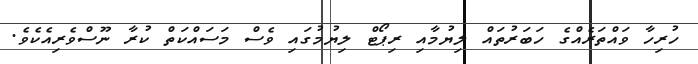
ހުރިހާ ވައްތަރެއްގެ ހަބަރުތައް ލިޔުމާއި ރިޕޯޓް ލިޔުމުގައި ވެސް މަސައްކަތް ކުރާ ނޫސްވެރިއެކެވެ.